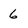
Character: 6